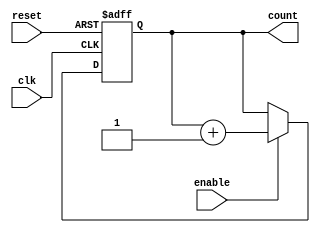
module binary_counter (
    input wire clk,          // Clock input
    input wire reset,        // Asynchronous reset input
    input wire enable,       // Enable input
    output reg [3:0] count   // 4-bit output count
);

// Always block triggered on the rising edge of the clock or when reset is active
always @(posedge clk or posedge reset) begin
    if (reset) begin
        count <= 4'b0000;   // Reset count to 0
    end else if (enable) begin
        count <= count + 1; // Increment count
    end
end

endmodule